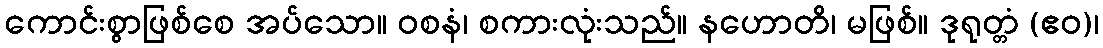
ကောင်းစွာဖြစ်စေ အပ်သော။ ဝစနံ၊ စကားလုံးသည်။ နဟောတိ၊ မဖြစ်။ ဒုရုတ္တံ (ဧဝ)၊